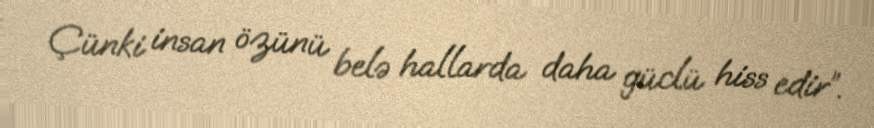
Çünki insan özünü belə hallarda daha güclü hiss edir”.